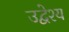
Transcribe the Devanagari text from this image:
उद्वेश्‍य